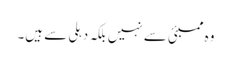
وہ ممبئی سے نہیں بلکہ دہلی سے ہیں۔